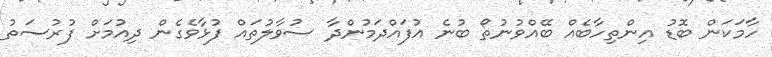
ހާމަކަން ބޮޑު އިންތިހާބެއް ބޭއްވުނުތޯ ބުނެ އުފައްދަމުންދާ ސުވާލުތައް ފުޅާވެގެން ދިއުމަށް ފުރުސަތު